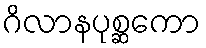
ဂိလာနပုစ္ဆကော